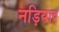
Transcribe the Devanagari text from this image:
नड़ियाद